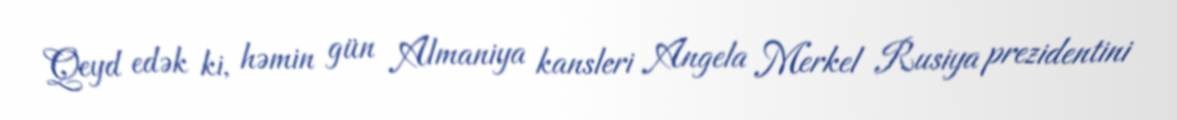
Qeyd edək ki, həmin gün Almaniya kansleri Angela Merkel Rusiya prezidentini